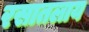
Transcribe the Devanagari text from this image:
रसातलाय